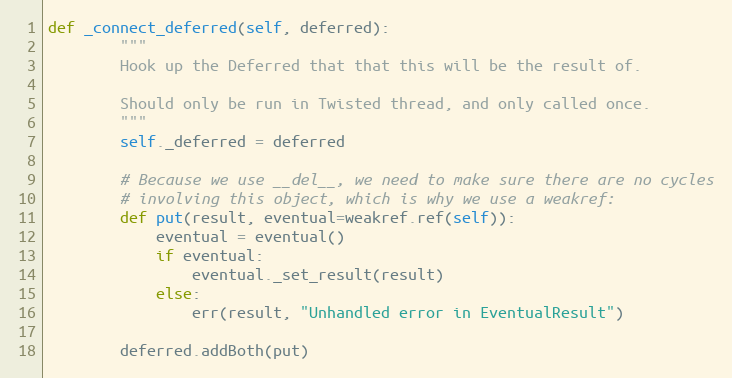
Language: Python
def _connect_deferred(self, deferred):
        """
        Hook up the Deferred that that this will be the result of.

        Should only be run in Twisted thread, and only called once.
        """
        self._deferred = deferred

        # Because we use __del__, we need to make sure there are no cycles
        # involving this object, which is why we use a weakref:
        def put(result, eventual=weakref.ref(self)):
            eventual = eventual()
            if eventual:
                eventual._set_result(result)
            else:
                err(result, "Unhandled error in EventualResult")

        deferred.addBoth(put)